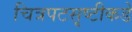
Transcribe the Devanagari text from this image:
चित्रपटसृष्टीकडे